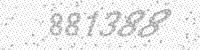
Solution: 881388